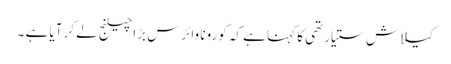
کیلاش ستیارتھی کا کہنا ہے کہ کورونا وائرس بڑا چیلنج لے کر آیا ہے ۔